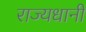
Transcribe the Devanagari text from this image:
राज्यधानी